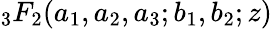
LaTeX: {}_{3}F_{2}(a_{1},a_{2},a_{3};b_{1},b_{2};z)